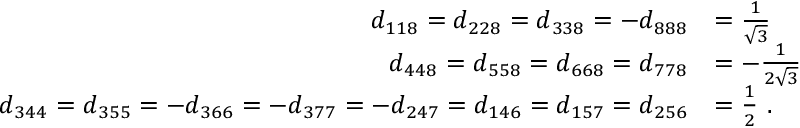
{ \begin{array} { r l } { d _ { 1 1 8 } = d _ { 2 2 8 } = d _ { 3 3 8 } = - d _ { 8 8 8 } } & { = { \frac { 1 } { \sqrt { 3 } } } } \\ { d _ { 4 4 8 } = d _ { 5 5 8 } = d _ { 6 6 8 } = d _ { 7 7 8 } } & { = - { \frac { 1 } { 2 { \sqrt { 3 } } } } } \\ { d _ { 3 4 4 } = d _ { 3 5 5 } = - d _ { 3 6 6 } = - d _ { 3 7 7 } = - d _ { 2 4 7 } = d _ { 1 4 6 } = d _ { 1 5 7 } = d _ { 2 5 6 } } & { = { \frac { 1 } { 2 } } ~ . } \end{array} }